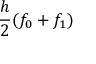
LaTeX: { \frac { h } { 2 } } ( f _ { 0 } + f _ { 1 } )